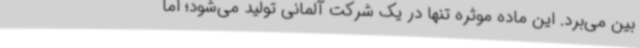
بین می‌برد. این ماده موثره تنها در یک شرکت آلمانی تولید می‌شود؛ اما